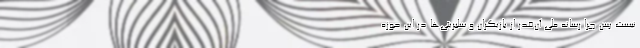
نیست پس چرا رسانه ملّی آن‌قدر از بازیگران و سلبریتی‌ها در این حوزه